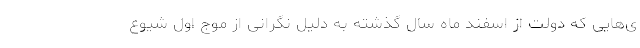
ی‌هایی که دولت از اسفند ماه سال گذشته به دلیل نگرانی از موج اول شیوع